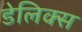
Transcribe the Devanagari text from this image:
डेलिक्स